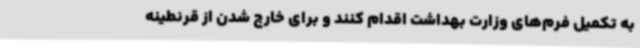
به تکمیل فرم‌های وزارت بهداشت اقدام کنند و برای خارج شدن از قرنطینه